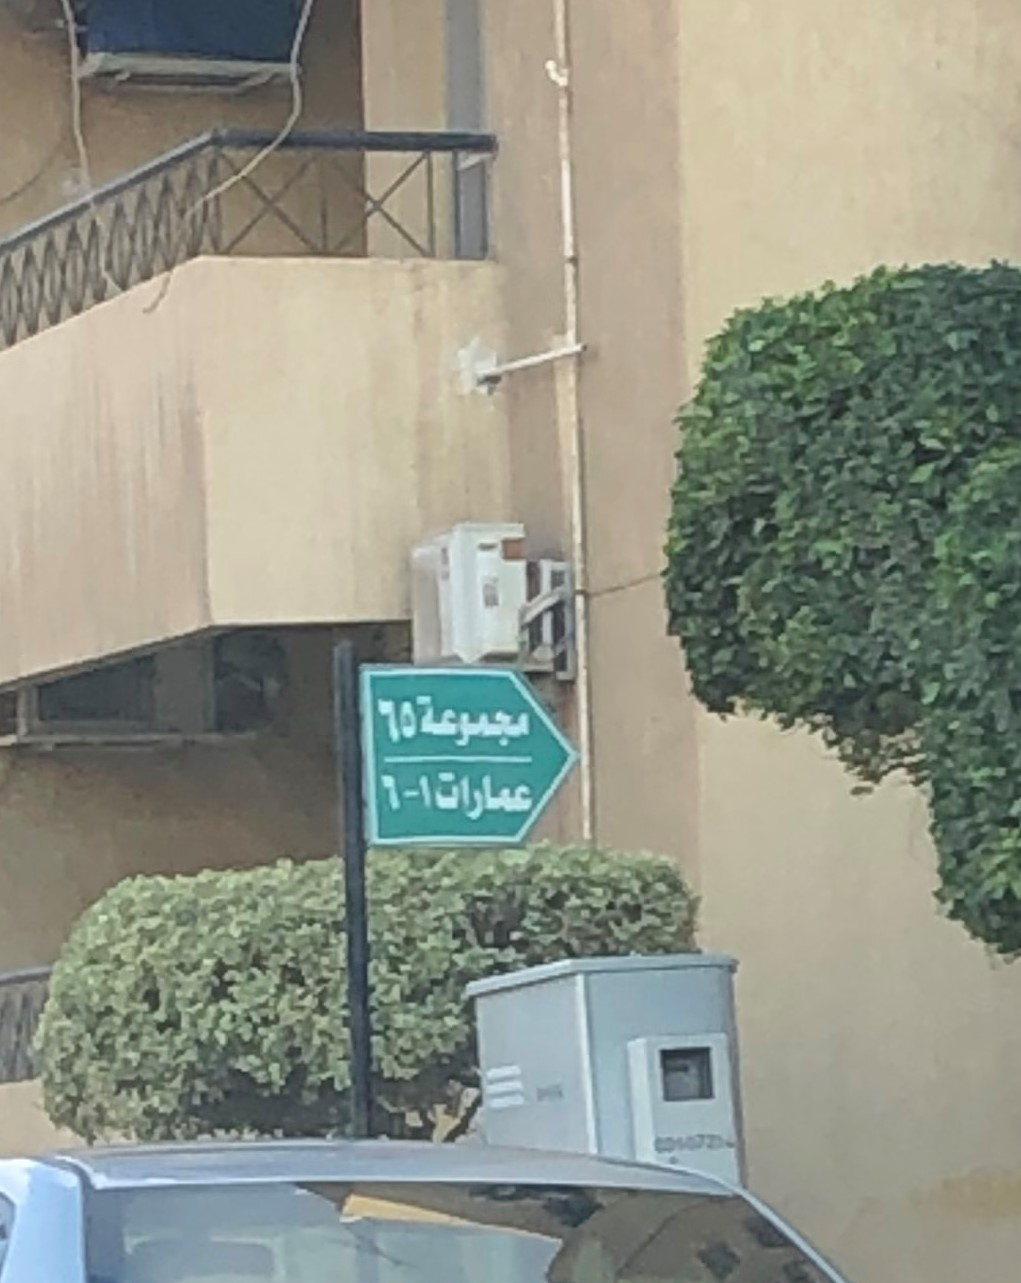
Text in image: مجموعة65 عمارات1-6